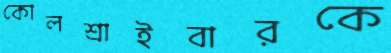
কোলশ্রাইবারকে